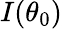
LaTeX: I(\theta_{0})